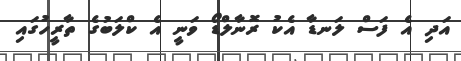
އަދި އެ ފަސް ލަނޑާ އެކު ރޮނާލްޑޯ ވަނީ އެ ކްލަބުގެ ތާރީހުގައި